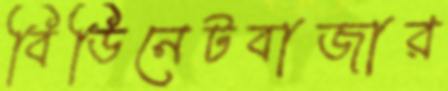
বিডিনেটবাজার